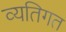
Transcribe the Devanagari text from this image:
व्यतिगत